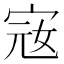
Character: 宼